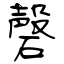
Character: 磬